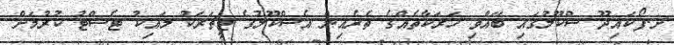
ށ.ފޯކައިދޫ ސްކޫލުގައި ބޭއްވި ހަރަކާތެއްގެ ތެރެއިން އެސްކޫލުގެ ޓީޗަރަކު މައިކު ޓެސްޓު ކުރުމަށް